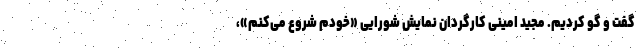
گفت و گو کردیم. مجید امینی کارگردان نمایش شورایی «خودم شروع می‌کنم»،